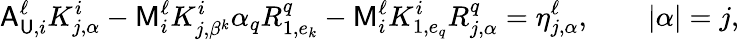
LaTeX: \mathsf{A}_{\mathsf{U},i}^{\ell}K_{j,\alpha}^{i}-\mathsf{M}_{i}^{\ell}K_{j,\beta^{k}}^{i}\alpha_{q}R_{1,e_{k}}^{q}-\mathsf{M}_{i}^{\ell}K_{1,e_{q}}^{i}R_{j,\alpha}^{q}=\eta_{j,\alpha}^{\ell},\qquad|\alpha|=j,